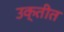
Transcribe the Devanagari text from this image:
उक्तीत